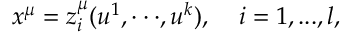
x ^ { \mu } = z _ { i } ^ { \mu } ( u ^ { 1 } , \cdot \cdot \cdot , u ^ { k } ) , \; \; \; \; i = 1 , . . . , l ,